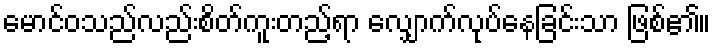
မောင်ဝသည်လည်းစိတ်ကူးတည့်ရာ လျှောက်လုပ်နေခြင်းသာ ဖြစ်၏။